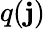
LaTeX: q(\mathbf{j})